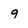
Character: g